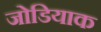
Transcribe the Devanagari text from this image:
जोडियाक